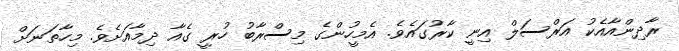
ރާދިންއާއެކު އަރްސަލް އިނީ ކާރުގައެވެ. އެމީހުންގެ މިސްރާބު ހުރީ ގެއާ ދިމާއަށެވެ. މިހާތަނަށް